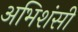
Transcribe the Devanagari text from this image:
अभिशंसी